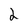
Character: 2